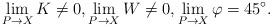
LaTeX: \begin{align*}\lim \limits_{P \rightarrow X} K \neq 0, \lim \limits_{P \rightarrow X} W \neq 0, \lim \limits_{P \rightarrow X} \varphi = 45^\circ.\end{align*}